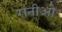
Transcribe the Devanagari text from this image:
रानीओ